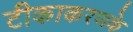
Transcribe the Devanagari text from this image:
टीकाकरणके